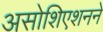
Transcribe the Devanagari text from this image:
असोशिएशनने